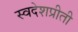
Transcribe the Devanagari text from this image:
स्वदेशप्रीती